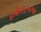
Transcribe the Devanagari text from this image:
शके१६१७च्या